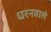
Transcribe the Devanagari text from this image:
धरनवाले